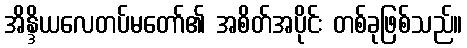
အိန္ဒိယလေတပ်မတော်၏ အစိတ်အပိုင်း တစ်ခုဖြစ်သည်။